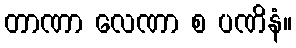
တာဏာ လေဏာ စ ပဏိနံ။